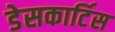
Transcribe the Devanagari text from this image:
डेसकार्टिस